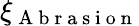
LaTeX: \xi_{\mathrm{~A~b~r~a~s~i~o~n~}}